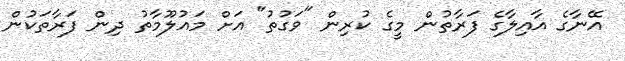
އޭނާގެ އާއިލާގެ ފަރާތުން މީގެ ކުރިން "ވަގުތު" އަށް މައުލޫމާތު ދިން ފަރާތަކުން